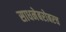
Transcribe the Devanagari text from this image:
साधनेबरोबरच